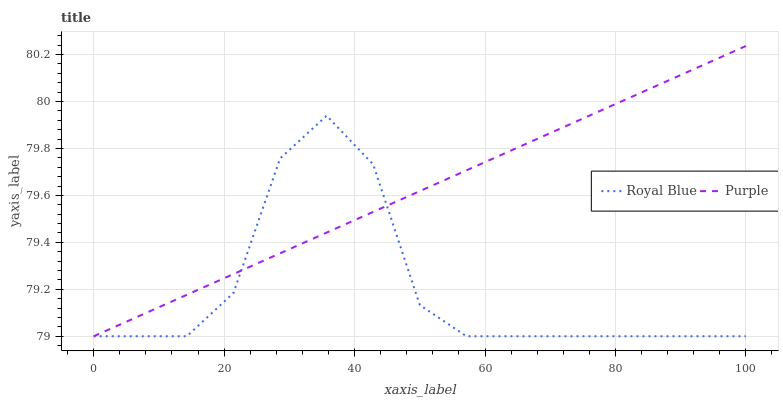
| xaxis_label | Royal Blue | Purple |
 | --- | --- | --- |
 | 0 | 79 | 79 |
 | 7.14 | 79 | 79.1 |
 | 14.3 | 79 | 79.2 |
 | 21.4 | 79.2 | 79.3 |
 | 28.6 | 79.8 | 79.4 |
 | 35.7 | 79.9 | 79.4 |
 | 42.9 | 79.7 | 79.5 |
 | 50 | 79.1 | 79.6 |
 | 57.1 | 79 | 79.7 |
 | 64.3 | 79 | 79.8 |
 | 71.4 | 79 | 79.9 |
 | 78.6 | 79 | 80 |
 | 85.7 | 79 | 80.1 |
 | 92.9 | 79 | 80.1 |
 | 100 | 79 | 80.2 |